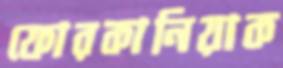
ফোরকানিয়াক